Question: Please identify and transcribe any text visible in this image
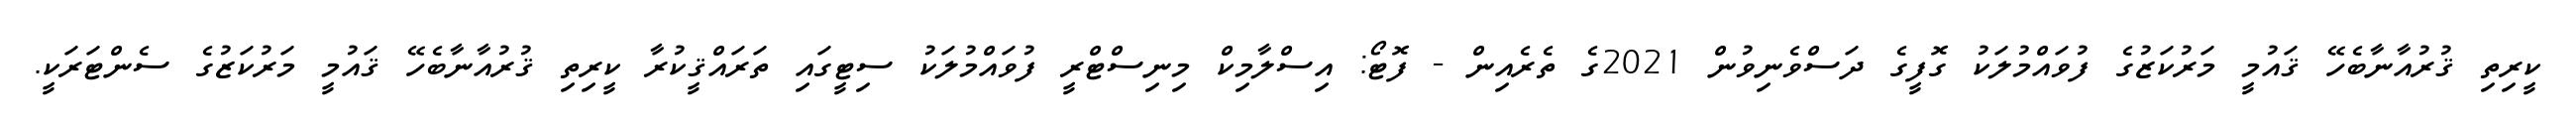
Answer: ކީރިތި ޤުރުއާނާބެހޭ ޤައުމީ މަރުކަޒުގެ ފުވައްމުލަކު ގޮފީގެ ދަސްވެނިވުން 2021ގެ ތެރެއިން - ފޮޓޯ: އިސްލާމިކް މިނިސްޓްރީ ފުވައްމުލަކު ސިޓީގައި ތަރައްޤީކުރާ ކީރިތި ޤުރުއާނާބެހޭ ޤައުމީ މަރުކަޒުގެ ސެންޓަރަކީ.